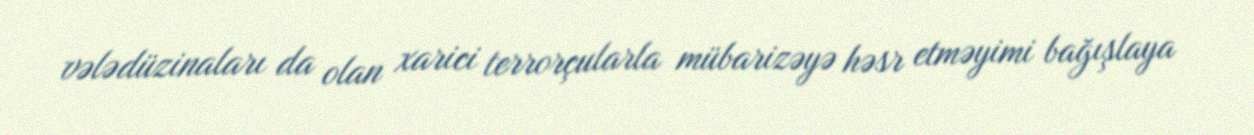
vələdüzinaları da olan xarici terrorçularla mübarizəyə həsr etməyimi bağışlaya